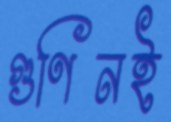
গুণিনই